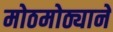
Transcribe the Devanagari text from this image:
मोठमोठ्यानें